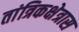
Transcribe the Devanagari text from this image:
तांत्रिकक्षेत्रास